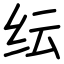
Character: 纭